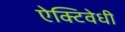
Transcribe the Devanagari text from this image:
ऐक्टिवेधी